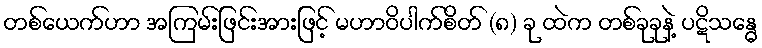
တစ်ယေက်ဟာ အကြမ်းဖြင်းအားဖြင့် မဟာဝိပါက်စိတ် (၈) ခု ထဲက တစ်ခုခုနဲ့ ပဋိသန္ဓေ